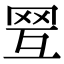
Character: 𦊍